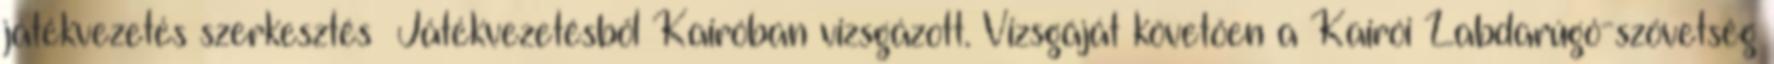
játékvezetés szerkesztés Játékvezetésből Kairóban vizsgázott. Vizsgáját követően a Kairói Labdarúgó-szövetség